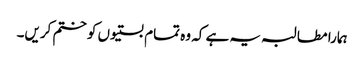
ہمارا مطالبہ یہ ہے کہ وہ تمام بستیوں کو ختم کریں۔